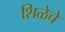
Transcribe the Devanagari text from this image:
शिळेचे